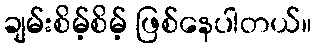
ချမ်းစိမ့်စိမ့် ဖြစ်နေပါတယ်။